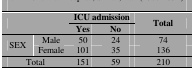
<table><thead><tr><td rowspan="2" colspan="2"></td><td colspan="2"><b>ICU admission</b></td><td rowspan="2"><b>Total</b></td></tr><tr><td><b>Yes</b></td><td><b>No</b></td></tr></thead><tbody><tr><td rowspan="2"> SEX </td><td> Male </td><td> 50 </td><td> 24 </td><td> 74 </td></tr><tr><td> Female </td><td> 101 </td><td> 35 </td><td> 136 </td></tr><tr><td colspan="2"> Total </td><td> 151 </td><td> 59 </td><td> 210 </td></tr></tbody></table>